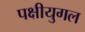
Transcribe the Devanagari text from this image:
पक्षीयुगल